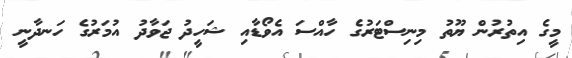
މީގެ އިތުރުން ޔޫތު މިނިސްޓަރުގެ ހާއްސަ އެވޯޑާއި ޝަހީދު ޖަވާދު އުމަރުގެ ހަނދާނީ